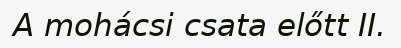
A mohácsi csata előtt II.